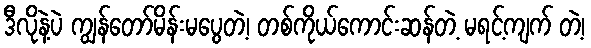
ဒီလိုနဲ့ပဲ ကျွန်တော်မိန်းမပွေတဲ့၊ တစ်ကိုယ်ကောင်းဆန်တဲ့ မရင့်ကျက် တဲ့၊